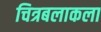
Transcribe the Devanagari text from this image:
चित्रबलाकला